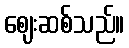
ဈေးဆစ်သည်။